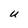
Character: U